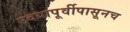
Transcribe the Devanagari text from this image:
उदयापूर्वीपासूनच